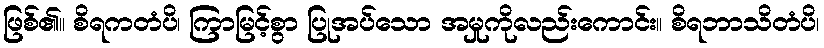
ဖြစ်၏။ စိရကတံပိ၊ ကြာမြင့်စွာ ပြုအပ်သော အမှုကိုလည်းကောင်း။ စိရဘာသိတံပိ၊